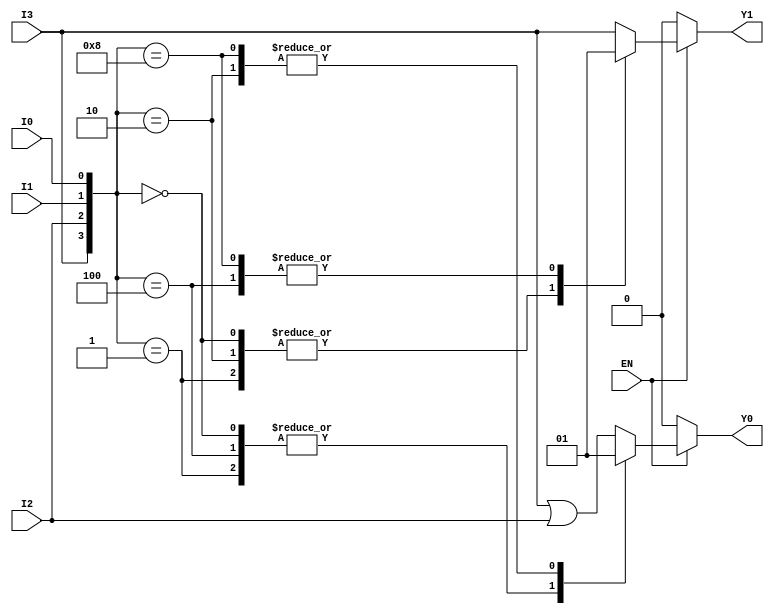
module encoder_4_to_2 (
    input wire I0,       // Input 0
    input wire I1,       // Input 1
    input wire I2,       // Input 2
    input wire I3,       // Input 3
    input wire EN,       // Enable signal
    output reg Y0,       // Output 0
    output reg Y1        // Output 1
);

always @(*) begin
    // If the encoder is disabled, output is defined to 00
    if (!EN) begin
        Y0 = 0;
        Y1 = 0;
    end
    else begin
        // Output based on the priority of active inputs
        case ({I3, I2, I1, I0})
            4'b0000: begin
                Y0 = 0;
                Y1 = 0; // No active input
            end
            4'b0001: begin
                Y0 = 0;
                Y1 = 0; // I0 active
            end
            4'b0010: begin
                Y0 = 1;
                Y1 = 0; // I1 active
            end
            4'b0100: begin
                Y0 = 0;
                Y1 = 1; // I2 active
            end
            4'b1000: begin
                Y0 = 1;
                Y1 = 1; // I3 active
            end
            default: begin
                // If multiple inputs are active, prioritize the highest
                Y0 = (I3 | I2); // Y0 = 1 if I2 or I3 is active
                Y1 = I3;        // Y1 = 1 if I3 is active
            end
        endcase
    end
end

endmodule